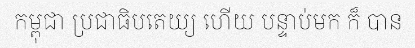
កម្ពុជា ប្រជាធិបតេយ្យ ហើយ បន្ទាប់មក ក៏ បាន